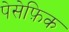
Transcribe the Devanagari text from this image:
पेसेफ़िक